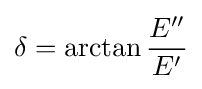
\delta =\arctan {\frac {E''}{E'}}